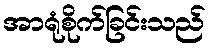
အာရုံစိုက်ခြင်းသည်